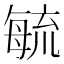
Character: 毓